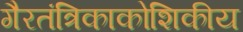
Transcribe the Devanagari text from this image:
गैरतंत्रिकाकोशिकीय